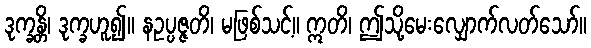
ဒုက္ခန္တိ၊ ဒုက္ခဟူ၍။ နဥပ္ပဇ္ဇတိ၊ မဖြစ်သင့်။ ဣတိ၊ ဤသို့မေးလျှောက်လတ်သော်။